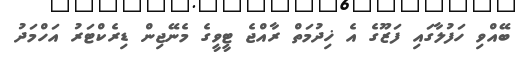
ބޭއްވި ހަފުލާގައި ފަޒޫގެ އެ ޚިދުމަތް ރާއްޖެ ޓީވީގެ މެނޭޖިން ޑިރެކްޓަރު އަހްމަދު